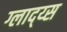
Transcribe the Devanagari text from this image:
ग्लाद्य्स